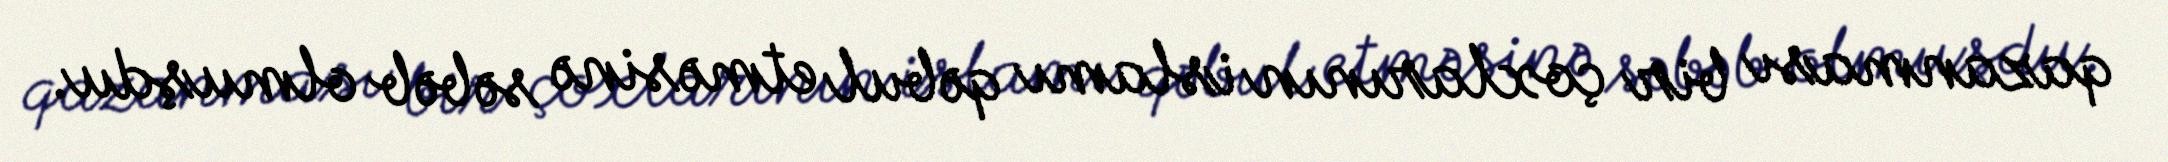
qazanması bir çoxlarının islamı qəbul etməsinə səbəb olmuşdu.